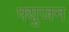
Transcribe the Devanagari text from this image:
फ्युजन